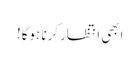
ابھی انتظار کرنا ہوگا!